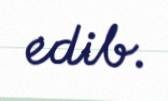
edib.